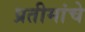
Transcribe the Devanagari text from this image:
प्रतीमांचे